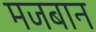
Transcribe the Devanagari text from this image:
मजबान